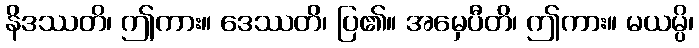
နိဒဿတိ၊ ဤကား။ ဒေဿတိ၊ ပြ၏။ အမှေပီတိ၊ ဤကား။ မယမ္ပိ၊